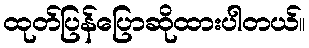
ထုတ်ပြန်ပြောဆိုထားပါတယ်။